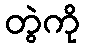
တွဲကို